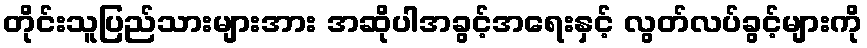
တိုင်းသူပြည်သားများအား အဆိုပါအခွင့်အရေးနှင့် လွတ်လပ်ခွင့်များကို